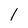
Character: l